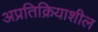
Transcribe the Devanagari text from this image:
अप्रतिक्रियाशील